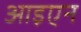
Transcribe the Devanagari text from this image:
आइएन